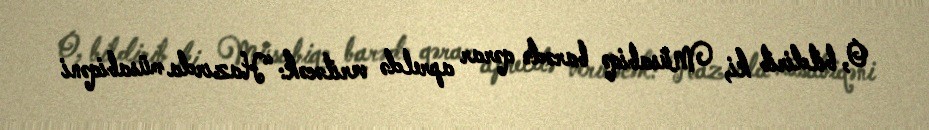
O, bildirib ki, Müsabiqə barədə qərar apreldə veriləcək: “Hazırda müsabiqəni